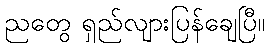
ညတွေ ရှည်လျားပြန်ချေပြီ။